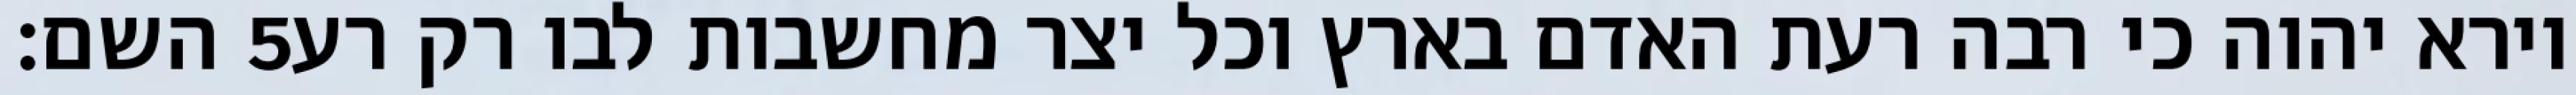
השם׃ ‎5‏ וירא יהוה כי רבה רעת האדם בארץ וכל יצר מחשבות לבו רק רע